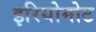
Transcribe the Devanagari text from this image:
इरियोमोट